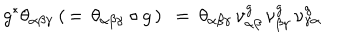
LaTeX: g ^ { * } \theta _ { \alpha \beta \gamma } \: ( \, = \, \theta _ { \alpha \beta \gamma } \circ g \, ) \: \: = \: \theta _ { \alpha \beta \gamma } \, \nu _ { \alpha \beta } ^ { g } \, \nu _ { \beta \gamma } ^ { g } \, \nu _ { \gamma \alpha } ^ { g }